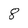
Character: 8